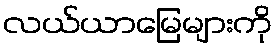
လယ်ယာမြေများကို